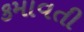
કમાવતી